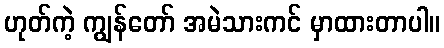
ဟုတ်ကဲ့ ကျွန်တော် အမဲသားကင် မှာထားတာပါ။